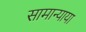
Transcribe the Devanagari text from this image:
सामान्याया